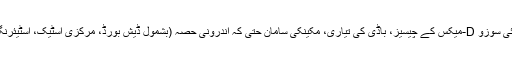
اگر آپ بھی ایسا ہی سوچتے ہیں تو یہ جان کر آپ اپنی سوچ تبدیل کرنے پر مجبور ہو جائیں گے کہ آئی سوزو D-میکس کے چیسیز، باڈی کی تیاری، مکینکی سامان حتی کہ اندرونی حصہ (بشمول ڈیش بورڈ، مرکزی اسٹیک، اسٹیئرنگ ویل اور دروازے) 2013 شمالی امریکی شیورلیٹ کولو راڈو کے پلیٹ فارم پر تیار کیے گئے ہیں۔